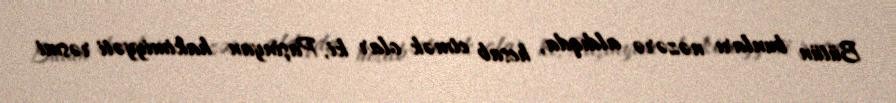
Bütün bunları nəzərə aldıqda, hesab etmək olar ki, Paşinyan hakimiyyəti rəsmi